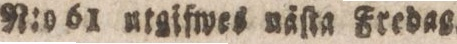
N:o 61 utgifwes näſta Fredag.